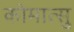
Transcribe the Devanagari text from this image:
कोमात्सु